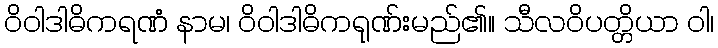
ဝိဝါဒါဓိကရဏံ နာမ၊ ဝိဝါဒါဓိကရုဏ်းမည်၏။ သီလဝိပတ္တိယာ ဝါ၊